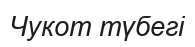
Чукот түбегі